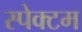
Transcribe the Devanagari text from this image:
स्पेक्टम